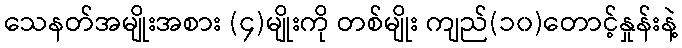
သေနတ်အမျိုးအစား (၄)မျိုးကို တစ်မျိုး ကျည်(၁၀)တောင့်နှုန်းနဲ့